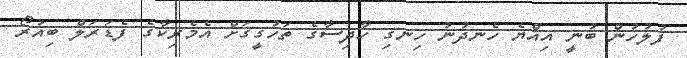
ފުލުހުން ބުނީ އިއްޔެ ހެނދުނު ހިނގި ހާދިސާގެ ތަހުގީގަށް އެމެރިކާގެ ފެޑަރަލް ބިއުރޯ